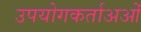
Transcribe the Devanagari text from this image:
उपयोगकर्ताअओं